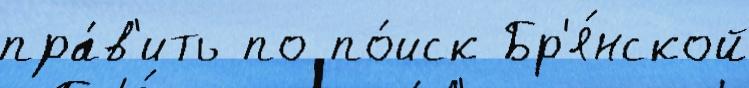
пра́в'ить по по́иск Бр'я́нской